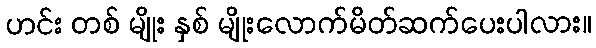
ဟင်း တစ် မျိုး နှစ် မျိုးလောက်မိတ်ဆက်ပေးပါလား။